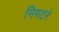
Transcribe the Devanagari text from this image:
निमटने